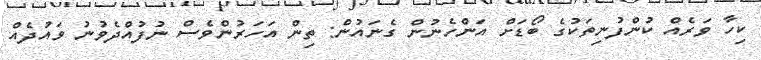
ކިހާ ވަރެއް ކުންފުނިތަކުގެ ބޯޑަށް އަންހެނުން ގެނައުން: ތިން އަހަރުންވެސް ނުފުއްދެވުނު ވައުދެއް